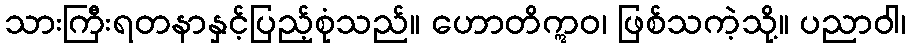
သားကြီးရတနာနှင့်ပြည့်စုံသည်။ ဟောတိဣဝ၊ ဖြစ်သကဲ့သို့။ ပညာဝါ၊